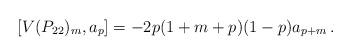
LaTeX: \begin{align*}[V(P_{22})_m,a_p]=-2p(1+m+p)(1-p)a_{p+m}\,.\end{align*}